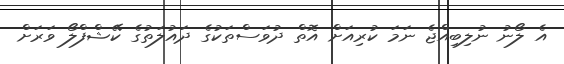
އެ ލޯނު ނުލިބިއްޖެ ނަމަ ކުރިއަށް އޮތް ދުވަސްތަކުގެ ދައުލަތުގެ ކޭޝްފްލޯ ވަރަށް